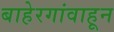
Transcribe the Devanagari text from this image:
बाहेरगांवाहून